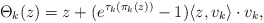
\begin{align*}\Theta_{k}(z)= z + (e^{\tau_k(\pi_k(z))}-1)\langle z,v_k\rangle\cdot v_k, \end{align*}